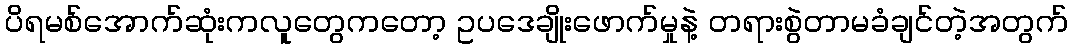
ပိရမစ်အောက်ဆုံးကလူတွေကတော့ ဥပဒေချိုးဖောက်မှုနဲ့ တရားစွဲတာမခံချင်တဲ့အတွက်